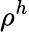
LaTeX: \rho^{h}